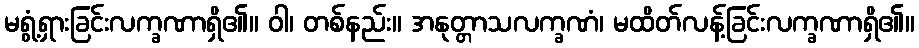
မရွံ့ရှားခြင်းလက္ခဏာရှိ၏။ ဝါ၊ တစ်နည်း။ အနုတ္တာသလက္ခဏံ၊ မထိတ်လန့်ခြင်းလက္ခဏာရှိ၏။